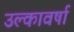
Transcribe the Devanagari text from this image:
उल्कावर्षा